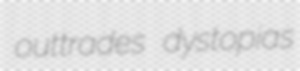
outtrades dystopias